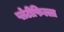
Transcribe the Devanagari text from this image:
प्लेटीफिल्ला